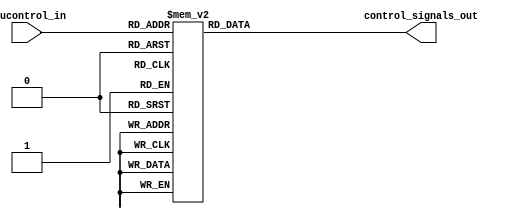
module alu_decoder(
    input [3:0] alucontrol_in,
    output reg [7:0] control_signals_out
    );

parameter AND = 4'b0000;
parameter XOR = 4'b0001;
parameter SUB = 4'b0010;
parameter RSB = 4'b0011;
parameter ADD = 4'b0100;
parameter ADC = 4'b0101;
parameter SBC = 4'b0110;
parameter RSC = 4'b0111;
parameter TST = 4'b1000;
parameter TEQ = 4'b1001;
parameter CMP = 4'b1010;
parameter CMN = 4'b1011;
parameter ORR = 4'b1100;
parameter MOV = 4'b1101;
parameter BIC = 4'b1110;
parameter MVN = 4'b1111;

always @(alucontrol_in)
begin
	case(alucontrol_in)
		AND : control_signals_out <= 8'b00_00_0_010;
		XOR : control_signals_out <= 8'b00_00_0_100;
		SUB : control_signals_out <= 8'b01_01_0_000;
		RSB : control_signals_out <= 8'b01_10_0_000;
		ADD : control_signals_out <= 8'b00_00_0_000;
		ADC : control_signals_out <= 8'b10_00_0_000;
		SBC : control_signals_out <= 8'b11_01_0_000;
		RSC : control_signals_out <= 8'b11_10_0_000;
		TST : control_signals_out <= 8'b00_00_0_010;
		TEQ : control_signals_out <= 8'b00_00_0_100;
		CMP : control_signals_out <= 8'b01_01_0_000;
		CMN : control_signals_out <= 8'b00_00_0_000;
		ORR : control_signals_out <= 8'b00_00_0_001;
		MOV : control_signals_out <= 8'b00_00_0_101;
		BIC : control_signals_out <= 8'b00_00_1_010;
		MVN : control_signals_out <= 8'b00_00_0_011;
	endcase
end
		
endmodule